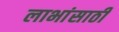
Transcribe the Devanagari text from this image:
लाभांसाठी